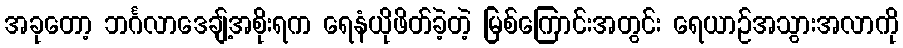
အခုတော့ ဘင်္ဂလာဒေချ့်အစိုးရက ရေနံယိုဖိတ်ခဲ့တဲ့ မြစ်ကြောင်းအတွင်း ရေယာဉ်အသွားအလာကို